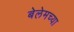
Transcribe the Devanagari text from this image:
बेलेमच्या